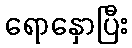
ရောနှောပြီး